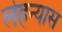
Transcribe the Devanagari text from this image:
लेहन्यास